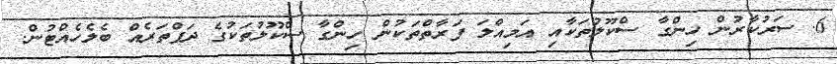
6. ސަރުކާރުން ހިންގާ ސްކޫލުތަކާއި އަމިއްލަ ފަރާތްތަކުން ހިންގާ ސްކޫލުތަކުގެ ދަފްތަރެއް ބެލެހެއްޓުން.